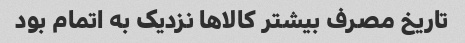
تاریخ مصرف بیشتر کالاها نزدیک به اتمام بود